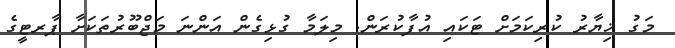
މަގު ޚިޔާރު ކުރިކަމަށް ޓަކައި އުފާކުރަން. މިލަމާ ގުޅިގެން އަންނަ މަޖްބޫރުތަކަށާ ޕާރޓީގެ